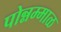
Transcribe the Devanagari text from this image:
पोन्नम्माळ